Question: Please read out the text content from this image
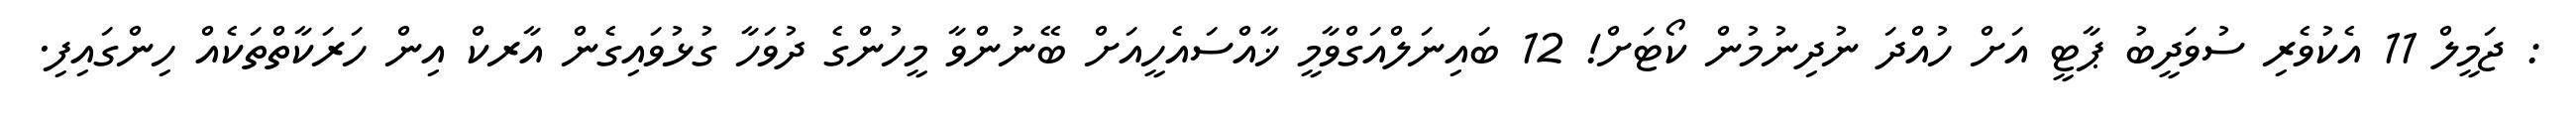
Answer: : ޖަމީލް 11 އެކުވެރި ސުވަދީބު ޕާޓީ އަށް ހުއްދަ ނުދިނުމުން ކޯޓަށް! 12 ބައިނަލްއަގްވާމީ ޚާއްސައެހީއަށް ބޭނުންވާ މީހުންގެ ދުވަހާ ގުޅުވައިގެން އާރކް އިން ހަރަކާތްތަކެއް ހިންގައިފި.